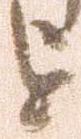
を